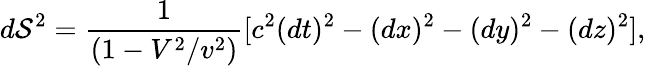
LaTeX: d\mathcal S^{2}=\frac{1}{\left(1-V^{2}/v^{2}\right)}[c^{2}(dt)^{2}-(dx)^{2}-(dy)^{2}-(dz)^{2}],